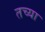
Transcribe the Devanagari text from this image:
तच्या